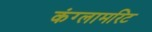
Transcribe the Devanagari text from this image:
कंग्लामरिट